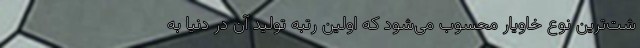
شت‌ترین نوع خاویار محسوب می‌شود که اولین رتبه تولید آن در دنیا به